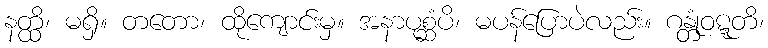
နတ္ထိ၊ မရှိ။ တတော၊ ထိုကျောင်းမှ။ အနာပုစ္ဆံပိ၊ မပန်ပြောပဲလည်း။ ဂန္တုံဝဋ္ဋတိ၊